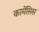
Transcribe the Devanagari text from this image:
कामेंसिस